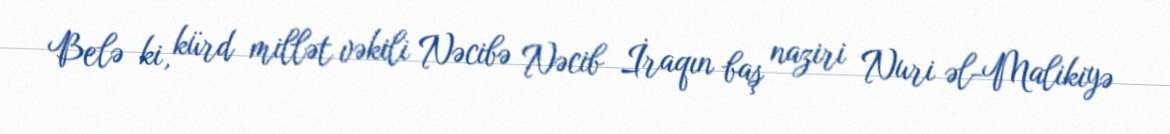
Belə ki, kürd millət vəkili Nəcibə Nəcib İraqın baş naziri Nuri əl-Malikiyə